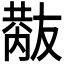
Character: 𠮂